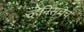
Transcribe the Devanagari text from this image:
व्हेनिसचेच